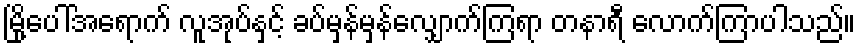
မြို့ပေါ်အရောက် လူအုပ်နှင့် ခပ်မှန်မှန်လျှောက်ကြရာ တနာရီ လောက်ကြာပါသည်။